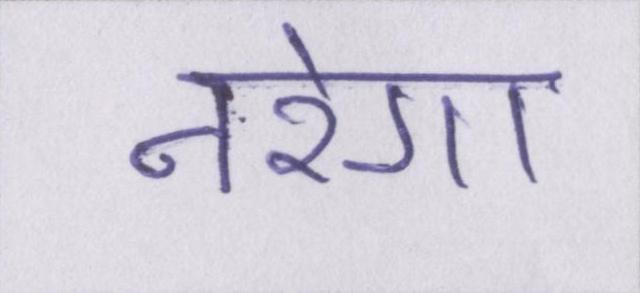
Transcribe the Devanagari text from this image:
नरेगा